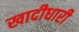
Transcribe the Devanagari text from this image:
खादीधारी